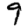
Digit: 9